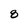
Character: 8